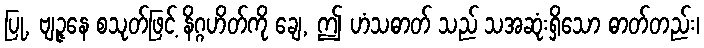
ပြု, ဗျဉ္ဇနေ စသုတ်ဖြင့် နိဂ္ဂဟိတ်ကို ချေ, ဤ ဟံသဓာတ် သည် သအဆုံးရှိသော ဓာတ်တည်း၊